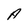
Character: A